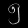
Digit: ၅